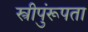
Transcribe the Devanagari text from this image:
स्त्रीपुंरूपता